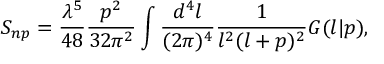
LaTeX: S _ { n p } = \frac { \lambda ^ { 5 } } { 4 8 } \frac { p ^ { 2 } } { 3 2 \pi ^ { 2 } } \int \frac { d ^ { 4 } l } { ( 2 \pi ) ^ { 4 } } \frac { 1 } { l ^ { 2 } ( l + p ) ^ { 2 } } G ( l | p ) ,